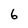
Character: 6